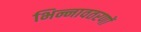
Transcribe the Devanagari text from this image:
भिन्नावतरणों